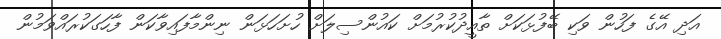
އަދި އޭގެ ފަހުން ވަކި ބޭފުޅަކަށް ތާއީދުކުރުމަށް ކައުންސިލަށް ހުށަހަޅަން ނިންމާފައިވާކަން ފާހަގަކުރައްވަމުން